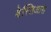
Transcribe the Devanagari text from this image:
बेस्तिआस